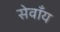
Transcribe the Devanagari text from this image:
सेवाँय